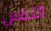
اللباس